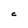
Character: C